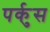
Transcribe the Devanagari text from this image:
पर्कुस